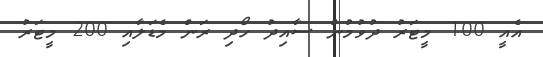
އެއީ 100 މީޓަރު ދުވުމުން ސާއިދު ހޯދި ރަން މެޑަލާއި 200 މީޓަރު